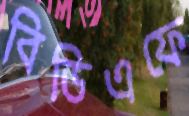
বিডিএফে